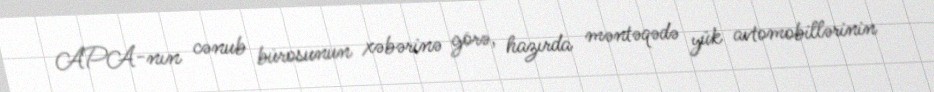
APA-nın cənub bürosunun xəbərinə görə, hazırda məntəqədə yük avtomobillərinin